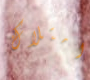
امتلاك